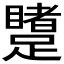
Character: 𲄋